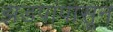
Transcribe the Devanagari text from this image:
झडपांपासून